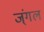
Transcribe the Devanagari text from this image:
ज्ंगल